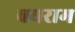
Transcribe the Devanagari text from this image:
बयराम